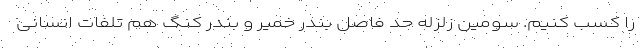
را کسب کنیم. سومین زلزله حد فاصل بندر خمیر و بندر کنگ هم تلفات انسانی